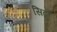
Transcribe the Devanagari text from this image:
सिट्रों